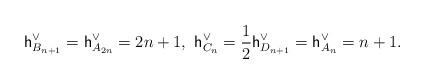
LaTeX: \begin{align*} \mathsf{h}_{B_{n+1}}^\vee=\mathsf{h}_{A_{2n}}^\vee=2n+1, \ \mathsf{h}_{C_n}^\vee=\dfrac{1}{2}\mathsf{h}_{D_{n+1}}^\vee=\mathsf{h}^\vee_{A_n}=n+1.\end{align*}